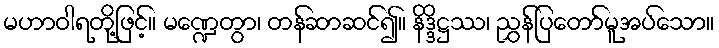
မဟာဝါရတို့ဖြင့်။ မဏ္ဍေတွာ၊ တန်ဆာဆင်၍။ နိဒ္ဒိဋ္ဌဿ၊ ညွှန်ပြတော်မူအပ်သော။